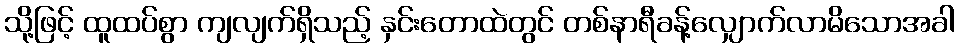
သို့ဖြင့် ထူထပ်စွာ ကျလျက်ရှိသည့် နှင်းတောထဲတွင် တစ်နာရီခန့်လျှောက်လာမိသောအခါ